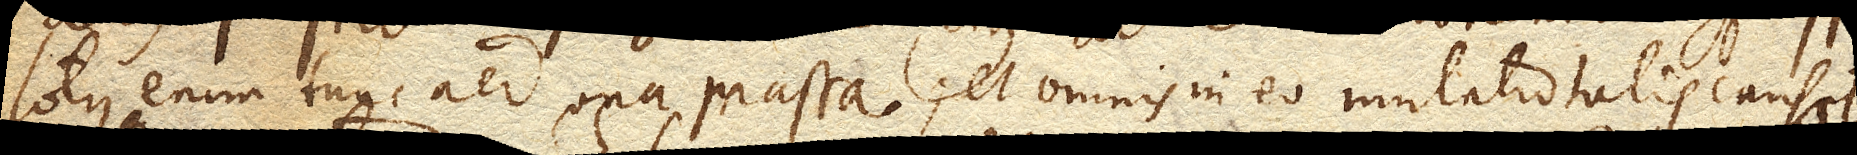
totus enim tunc aer una massa; et omnis in eo mutatio talis causat